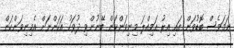
ނަމަވެސް ބޮޑުވަން އައި އިރު އަމިއްލަ މިނިވަންކަން ބޭނުންވި ދުވަހު އަހަންނަށް އެމިނިވަންކަން